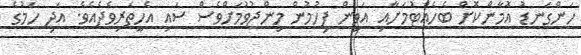
ހަންގަނޑު އޮމާންކޮށް ބެހެއްޓުމަށާއި އަވިން ފިހުމުން މިންޖުވުމަށްވެސް ސައި އެހީތެރިވެދެއެވެ. އަދި ހަމުގެ